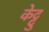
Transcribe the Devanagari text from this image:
केट्टु